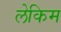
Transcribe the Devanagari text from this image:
लेकिम